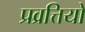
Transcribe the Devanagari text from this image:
प्रव्रत्तियो